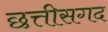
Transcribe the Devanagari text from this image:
छत्तीसगद